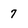
Character: 7